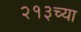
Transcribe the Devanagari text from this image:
२१३च्या